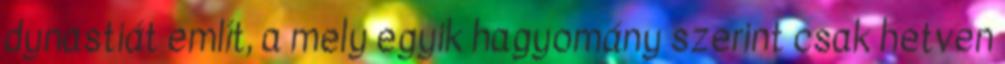
dynastiát említ, a mely egyik hagyomány szerint csak hetven